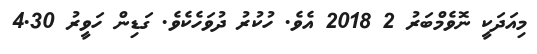
މިއަދަކީ ނޮވެމްބަރު 2 2018 އެވެ. ހުކުރު ދުވަހެކެވެ. ގަޑިން ހަވީރު 4.30